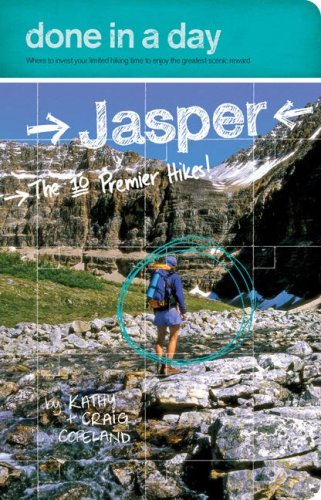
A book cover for Done in a Day Jasper: The 10 Premier Hikes; Kathy Copeland; Travel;